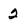
Character: 2